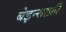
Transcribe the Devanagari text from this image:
बेइन्साफ़ी